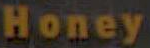
Honey